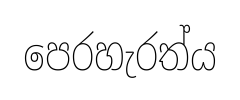
පෙරහැරත්ය